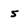
Character: 5